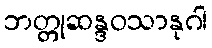
ဘတ္တုဆန္ဒဝသာနုဂါ